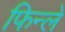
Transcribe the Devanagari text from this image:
फिन्ले